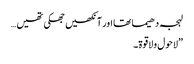
لہجہ دھیما تھا اور آنکھیں جھکی تھیں…
”لاحول ولاقوۃ۔